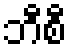
ဘီစီ